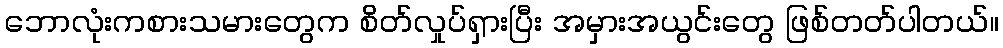
ဘောလုံးကစားသမားတွေက စိတ်လှုပ်ရှားပြီး အမှားအယွင်းတွေ ဖြစ်တတ်ပါတယ်။